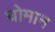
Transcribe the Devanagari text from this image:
घोमान